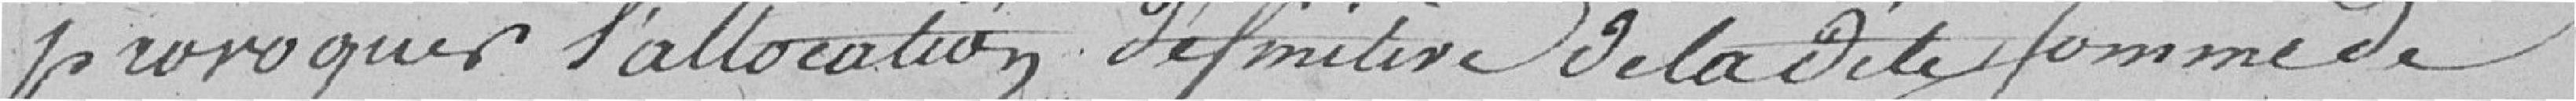
provoquer l'allocation définitive de la dite somme de